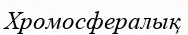
Хромосфералық